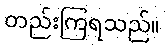
တည်းကြရသည်။